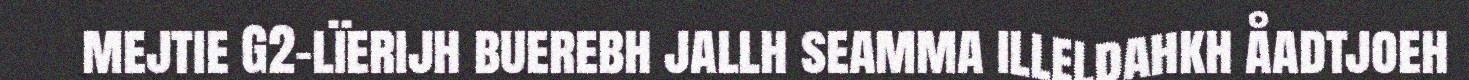
mejtie G2-lïerijh buerebh jallh seamma illeldahkh åadtjoeh